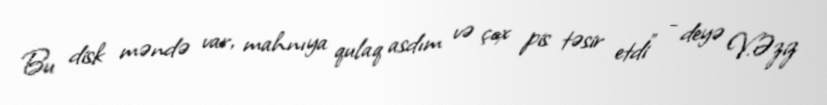
Bu disk məndə var, mahnıya qulaq asdım və çox pis təsir etdi” - deyə V.Əziz